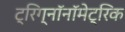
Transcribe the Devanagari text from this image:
ट्रिग्नॉनॉमेट्रिक